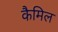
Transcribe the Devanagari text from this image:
कैमिल